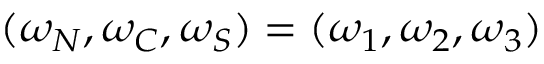
( \omega _ { N } , \omega _ { C } , \omega _ { S } ) = ( \omega _ { 1 } , \omega _ { 2 } , \omega _ { 3 } )